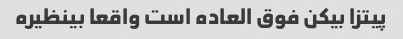
پیتزا بیکن فوق العاده است واقعا بینظیره